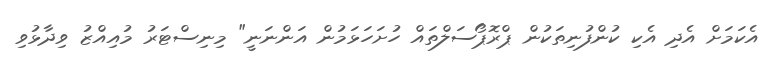
އެކަމަށް އެދި އެކި ކުންފުނިތަކުން ޕްރޮޕޯސަލްތައް ހުށަހަޅަމުން އަަންނަނީ" މިނިސްޓަރު މުއިއްޒު ވިދާޅުވި